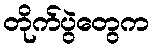
တိုက်ပွဲတွေက